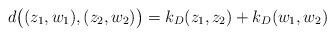
LaTeX: \begin{align*}d\bigl((z_1,w_1),(z_2,w_2)\bigr)=k_D(z_1,z_2)+k_D(w_1,w_2)\end{align*}